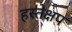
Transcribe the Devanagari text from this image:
हस्तेक्षप